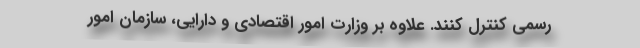
رسمی کنترل کنند. علاوه بر وزارت امور اقتصادی و دارایی، سازمان امور